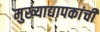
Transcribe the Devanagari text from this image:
मुख्‍याद्यापकांची